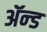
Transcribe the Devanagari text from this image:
ॲन्‍ड